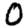
Digit: 0